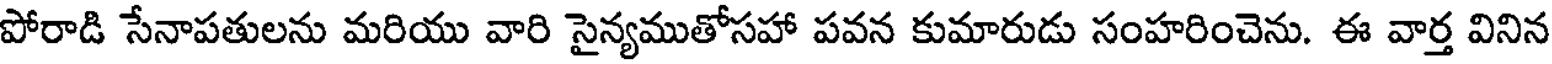
పోరాడి సేనాపతులను మరియు వారి సైన్యముతోసహా పవన కుమారుడు సంహరించెను. ఈ వార్త వినిన